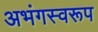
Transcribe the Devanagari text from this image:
अभंगस्वरूप